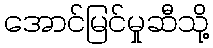
အောင်မြင်မှုဆီသို့